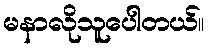
မနာလိုသူပေါတယ်။